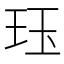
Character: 珏